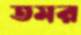
তমর